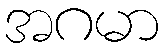
အဂမာ